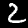
Digit: 2